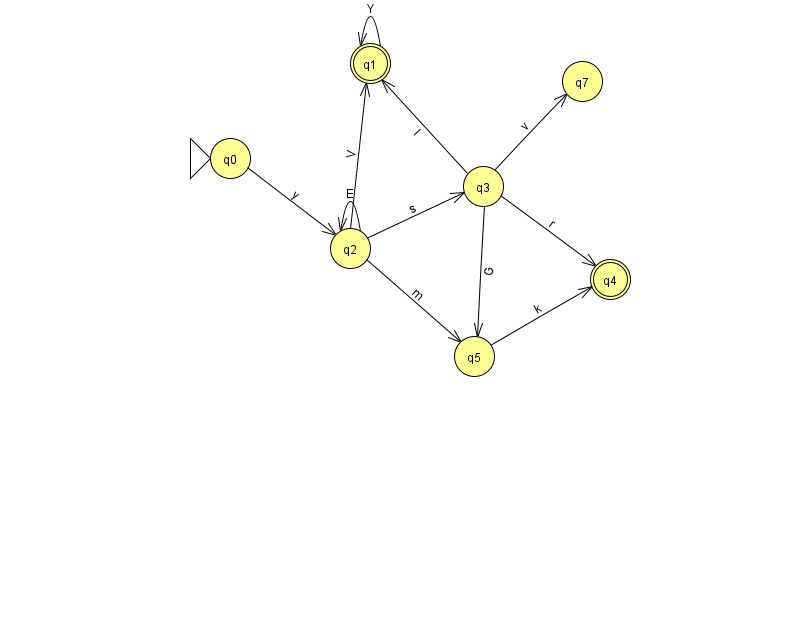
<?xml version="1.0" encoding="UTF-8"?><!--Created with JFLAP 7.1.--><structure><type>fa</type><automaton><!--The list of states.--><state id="0" name="q0"><x>230.0</x><y>145.0</y><initial/></state><state id="1" name="q1"><x>370.0</x><y>50.0</y><final/></state><state id="2" name="q2"><x>350.0</x><y>235.0</y></state><state id="3" name="q3"><x>483.0</x><y>173.0</y></state><state id="4" name="q4"><x>610.0</x><y>266.0</y><final/></state><state id="5" name="q5"><x>474.0</x><y>343.0</y></state><state id="7" name="q7"><x>582.0</x><y>68.0</y></state><!--The list of transitions.--><transition><from>2</from><to>5</to><read>m</read></transition><transition><from>2</from><to>1</to><read>V</read></transition><transition><from>2</from><to>3</to><read>s</read></transition><transition><from>5</from><to>4</to><read>k</read></transition><transition><from>0</from><to>2</to><read>y</read></transition><transition><from>2</from><to>2</to><read>E</read></transition><transition><from>3</from><to>4</to><read>r</read></transition><transition><from>3</from><to>1</to><read>l</read></transition><transition><from>1</from><to>1</to><read>Y</read></transition><transition><from>3</from><to>5</to><read>G</read></transition><transition><from>3</from><to>7</to><read>v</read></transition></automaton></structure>